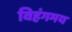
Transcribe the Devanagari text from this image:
विहंगमय